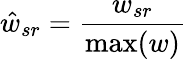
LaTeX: \hat{w}_{sr}=\frac{w_{sr}}{\operatorname*{max}(w)}